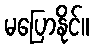
မပြောနိုင်။